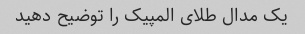
یک مدال طلای المپیک را توضیح دهید